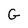
Character: G